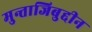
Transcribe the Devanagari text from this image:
मुन्ताजिबुद्दीन